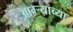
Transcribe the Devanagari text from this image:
आग्‍र्‍याच्या